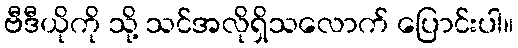
ဗီဒီယိုကို သို့ သင်အလိုရှိသလောက် ပြောင်းပါ။